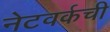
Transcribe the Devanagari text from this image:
नेटवर्कची